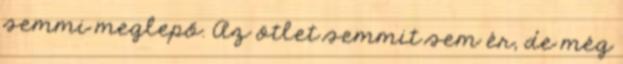
semmi meglepő. Az ötlet semmit sem ér, de még